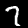
Label: 7